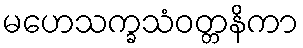
မဟေသက္ခသံဝတ္တနိကာ